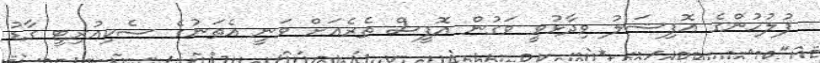
ފުލުހުންގެ އޮފިޝަލު ވިދާޅުވީ ވަގުން އޮފީސް ތެރެއަށް ވަނީ އެތަނުގެ ސެކިއުރިޓީ ގާޑު